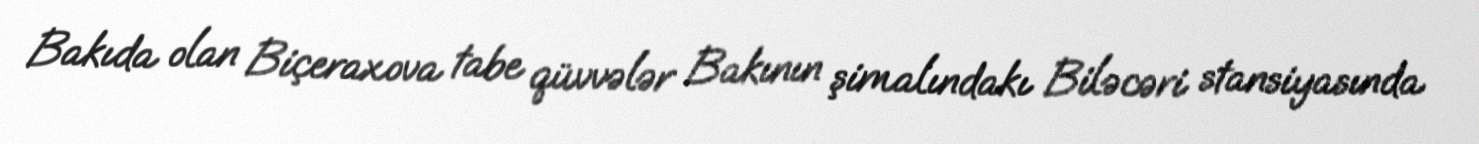
Bakıda olan Biçeraxova tabe qüvvələr Bakının şimalındakı Biləcəri stansiyasında